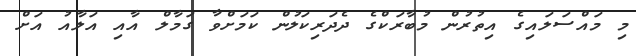
މި މައްސަލައިގެ އިތުރުން މުބާރަކްގެ ދެދަރިކަލުން ކަމަށްވާ ގަމާލް އާއި އަލާއު އަށް